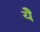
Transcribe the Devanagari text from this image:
येै